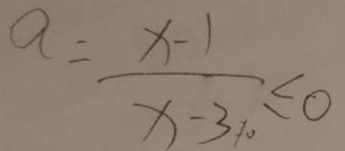
a = \frac { x - 1 } { x - 3 1 0 } \leq 0